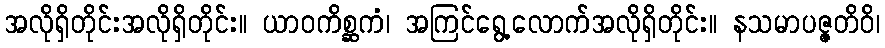
အလိုရှိတိုင်းအလိုရှိတိုင်း။ ယာဝကိစ္ဆကံ၊ အကြင်ရွေ့လောက်အလိုရှိတိုင်း။ နသမာပဇ္ဇတိဝိ၊